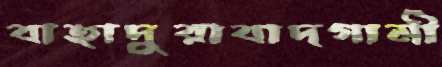
বাহাদুরাবাদগামী